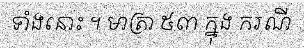
ទាំងនោះ ។ មាត្រា ៥៣ ក្នុង ករណី